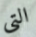
التي